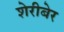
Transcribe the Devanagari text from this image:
शेरीबेर